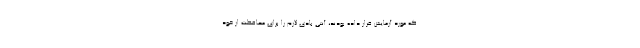
که مورد آزمایش قرار داده بودند، آنتی بادی لازم را برای محافظت از خود